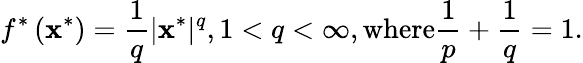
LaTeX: f^{*}\left(\mathbf{x}^{*}\right)={\frac{{1}}{{q}}}|\mathbf{x}^{*}|^{q},1<q<\infty,{\mathrm{{where}}}{\frac{{1}}{{p}}}+{\frac{{1}}{{q}}}=1.